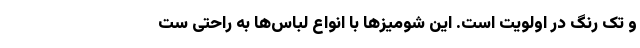
و تک رنگ در اولویت است. این شومیزها با انواع لباس‌ها به راحتی ست